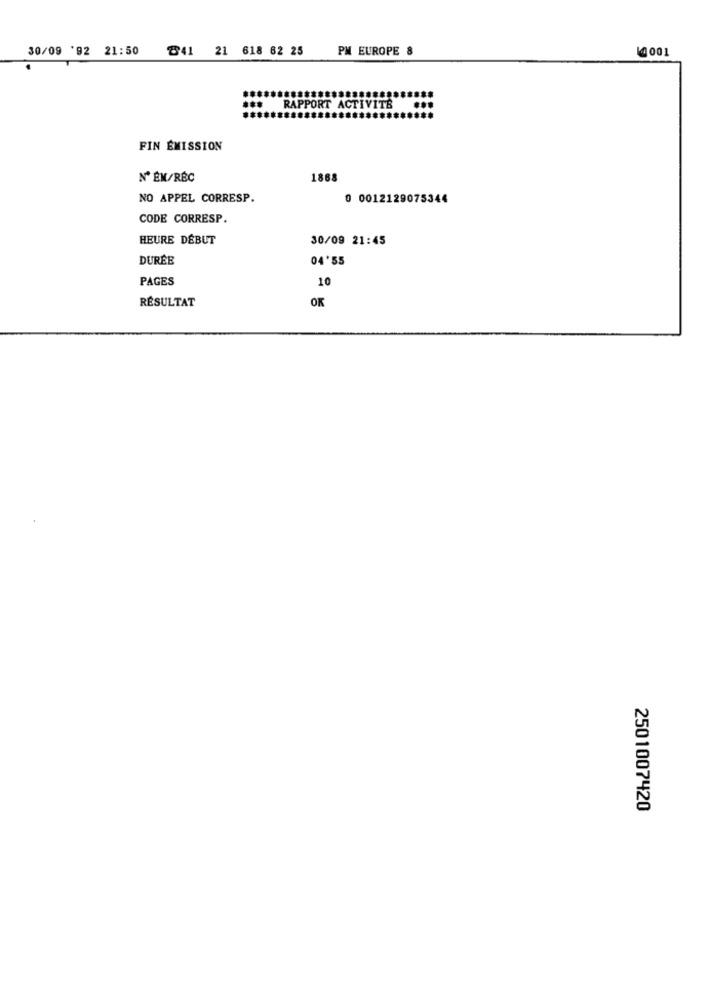
30/09 '92 21:50
841 21 618 82 25
PM EUROPE 8
10001
RAPPORT ACTIVITE
FIN ÉMISSION
Nº ÉN/RÉC
1868
NO APPEL CORRESP.
0 0012129075344
CODE CORRESP.
HEURE DÉBUT
30/09 21:45
DURÉE
04'55
PAGES
10
RÉSULTAT
OK
2501007420